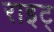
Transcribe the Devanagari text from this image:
राइट्‍